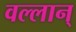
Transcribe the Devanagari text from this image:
वल्लान्